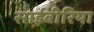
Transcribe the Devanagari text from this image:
साईबीरिया